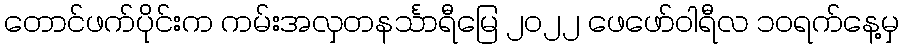
တောင်ဖက်ပိုင်းက ကမ်းအလှတနင်္သာရီမြေ ၂၀၂၂ ဖေဖော်ဝါရီလ ၁ဝရက်နေ့မှ